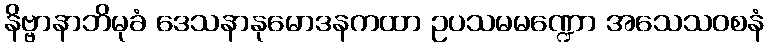
နိဗ္ဗာနာဘိမုခံ ဒေသနာနုမောဒနကထာ ဥပသမမဏ္ဍော အသေသဝစနံ